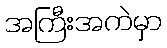
အကြီးအကဲမှာ